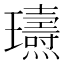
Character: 瓙